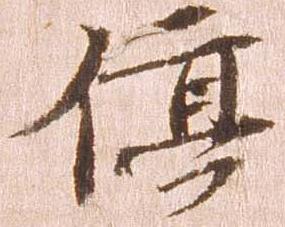
停